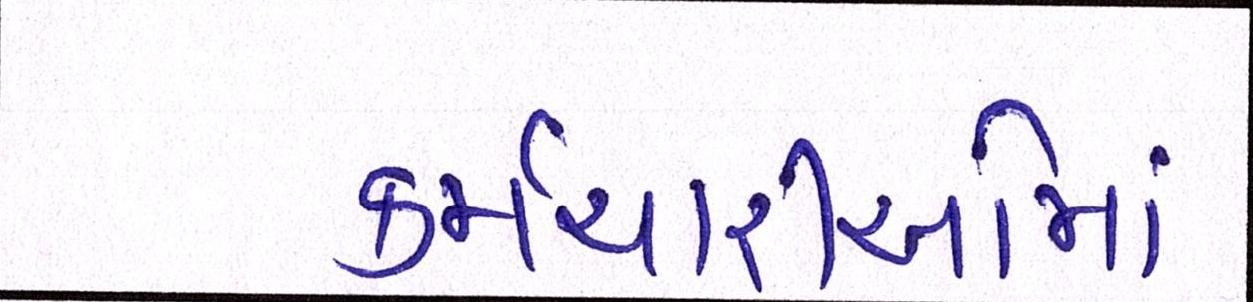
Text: કર્મચારીઓમાં